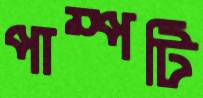
পাম্পটি